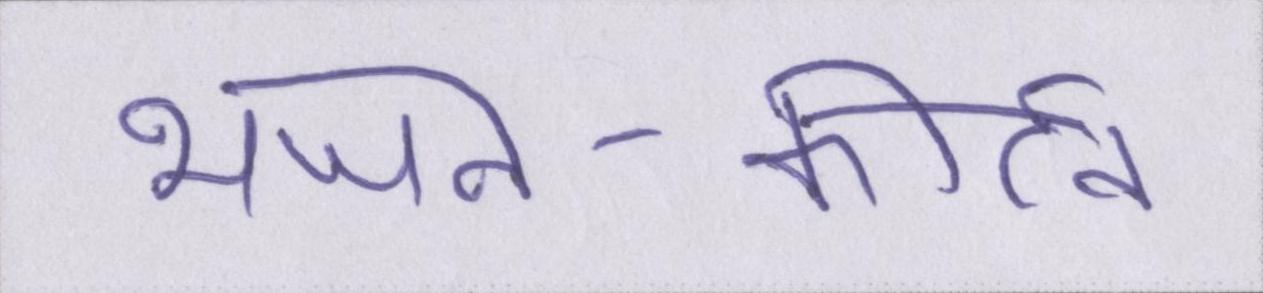
भजन-कीर्तन